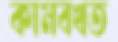
কামবখত